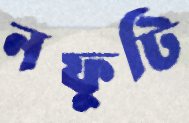
নফুটি